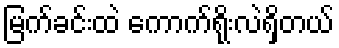
မြက်ခင်းထဲ ကောက်ရိုးလဲရှိတယ်